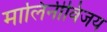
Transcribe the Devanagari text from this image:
मालिनीविजय